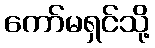
ကော်မရှင်သို့